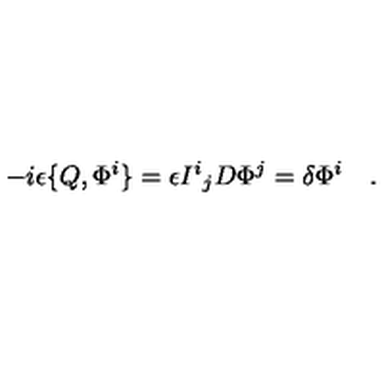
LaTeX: - i \epsilon \{ Q , \Phi ^ { i } \} = \epsilon { I ^ { i } } _ { j } D \Phi ^ { j } = \delta \Phi ^ { i } \quad .